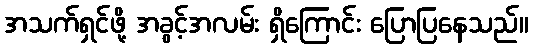
အသက်ရှင်ဖို့ အခွင့်အလမ်း ရှိကြောင်း ပြောပြနေသည်။